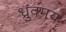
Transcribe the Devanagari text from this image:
ध्रुवमय